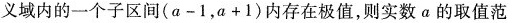
义域内的一个子区间( $$a - 1$$，$$a + 1$$ )内存在极值，则实数 α的取值范